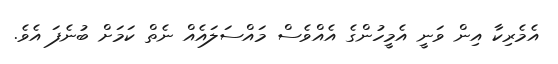
އެމެރިކާ އިން ވަނީ އެމީހުންގެ އެއްވެސް މައްސަލައެެއް ނެތް ކަމަށް ބުނެފަ އެވެ.